Scottish Leaving Certificate Examination, 1955
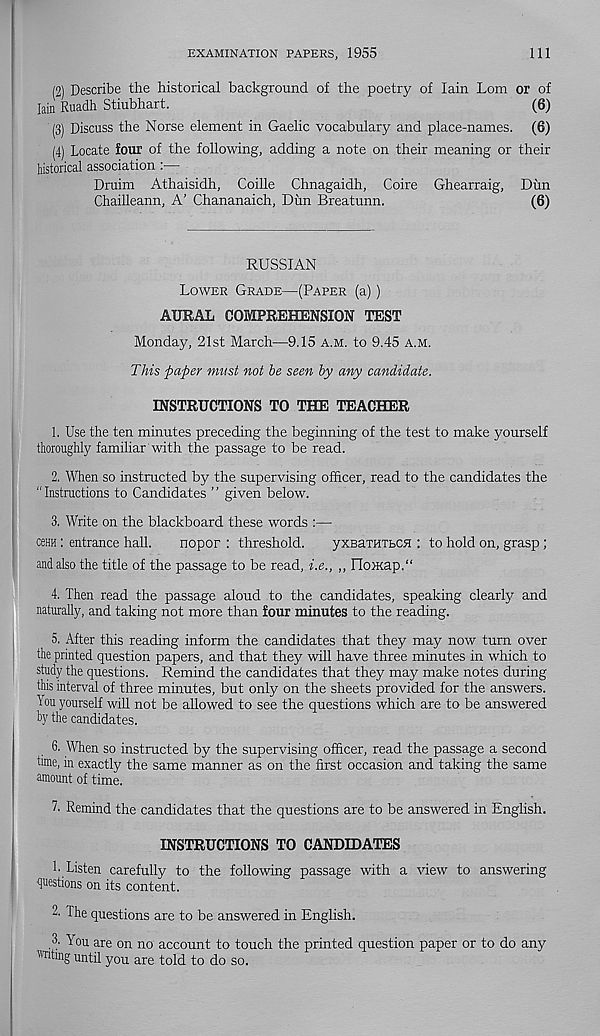
EXAMINATION PAPERS, 1955
111
(2) Describe the historical background of the poetry of Iain Lom or of
Iain Ruadh Stiubhart.
(6)
(3) Discuss the Norse element in Gaelic vocabulary and place-names. (6)
(4) Locate four of the following, adding a note on their meaning or their
historical association :—
Druim Athaisidh, Coille Chnagaidh, Coire Ghearraig, Dun
Chailleann, A’ Chananaich, Dun Breatunn.
(6)
RUSSIAN
Lower Grade—(Paper (a))
AURAL COMPREHENSION TEST
Monday, 21st March—9.15 a.m. to 9.45 a.m.
This paper must not he seen by any candidate.
INSTRUCTIONS TO THE TEACHER
1. Use the ten minutes preceding the beginning of the test to make yourself
thoroughly familiar with the passage to be read.
2. When so instructed by the supervising officer, read to the candidates the
"Instructions to Candidates ” given below.
3. Write on the blackboard these words :—
ceHH: entrance hall.
nopor : threshold.
yxeaxHTLCH : to hold on, grasp;
and also the title of the passage to be read, i.e., „ noiKap.“
4. Then read the passage aloud to the candidates, speaking clearly and
naturally, and taking not more than four minutes to the reading.
5. After this reading inform the candidates that they may now turn over
the printed question papers, and that they will have three minutes in which to
study the questions. Remind the candidates that they may make notes during
this interval of three minutes, but only on the sheets provided for the answers.
1 ou yourself will not be allowed to see the questions which are to be answered
by the candidates.
6. When so instructed by the supervising officer, read the passage a second
tune, in exactly the same manner as on the first occasion and taking the same
amount of time.
Remind the candidates that the questions are to be answered in English.
INSTRUCTIONS TO CANDIDATES
L Listen carefully to the following passage with a view to answering
questions on its content.
2' The questions are to be answered in English.
,3' You are on no account to touch the printed question paper or to do any
"Thing until you are told to do so.